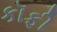
કૉફી